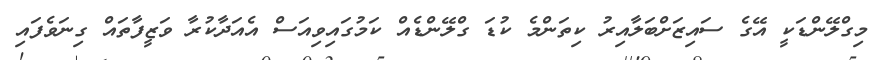
މިގްލޭންޑަކީ އޭގެ ސައިޒަށްބަލާއިރު ކިތަންމެ ކުޑަ ގްލޭންޑެއް ކަމުގައިވިއަސް އެއަދާކުރާ ވަޒީފާތައް ގިނަވެފައި